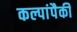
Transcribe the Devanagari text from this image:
कल्पांपैकी